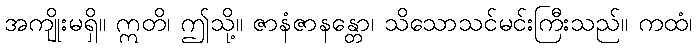
အကျိုးမရှိ။ ဣတိ၊ ဤသို့။ ဇာနံဇာနန္တော၊ သိသောသင်မင်းကြီးသည်။ ကထံ၊